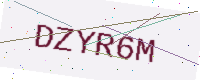
Text: DZYR6M